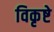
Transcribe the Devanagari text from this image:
विकृष्टे